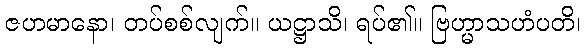
ဇဟမာနော၊ တပ်စစ်လျက်။ ယဋ္ဌာသိ၊ ရပ်၏။ ဗြဟ္မာသဟံပတိ၊